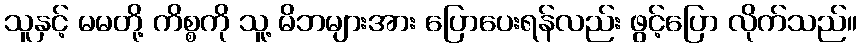
သူနှင့် မမတို့ ကိစ္စကို သူ့ မိဘများအား ပြောပေးရန်လည်း ဖွင့်ပြော လိုက်သည်။